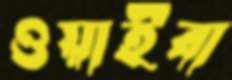
ওয়াইবা